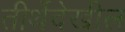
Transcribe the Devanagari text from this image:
तीर्थेदेखील